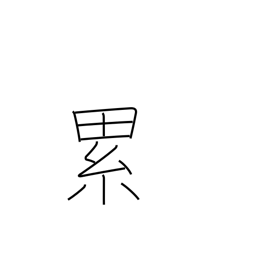
Meaning: continually